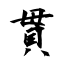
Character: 貫